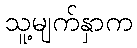
သူ့မျက်နှာက